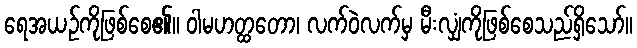
ရေအယဉ်ကိုဖြစ်စေ၏။ ဝါမဟတ္ထတော၊ လက်ဝဲလက်မှ မီးလျှံကိုဖြစ်စေသည်ရှိသော်။